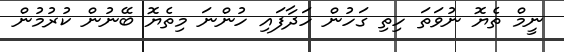
ނީމް ތެޔޮ ނުވަތަ ހިތި ގަހުން ހަދާފައި ހުންނަ މިތެޔޮ ބޭނުން ކުރުމުން